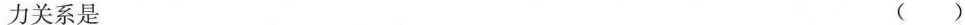
力关系是 ( )